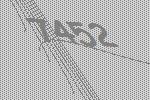
7452